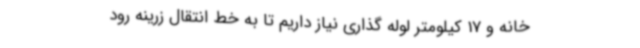
خانه و 17 کیلومتر لوله گذاری نیاز داریم تا به خط انتقال زرینه رود